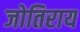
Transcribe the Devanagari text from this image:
जोतिराय